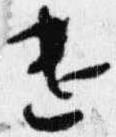
遣